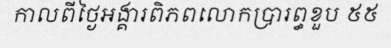
កាលពីថ្ងៃអង្គារពិភពលោកប្រារព្ធខួប ៥៥